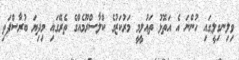
ވިލިނގިލީގައި ހުންނަ އެ އަތޮޅު ތައުލީމީ މަރުކަޒުގެ ކްލާސްރޫމެއްގެ ތެރޭގައި މިދިޔަ ބުރާސްފަތި